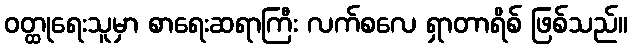
ဝတ္ထုရေးသူမှာ စာရေးဆရာကြီး လက်စလေ ရှာတာရိစ် ဖြစ်သည်။